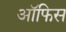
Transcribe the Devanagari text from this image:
आॅफिस